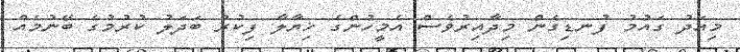
މިއަދު ގައުމު ފުނޑިގެން މިދާއިރުވެސް އެމީހުންގެ ޚިޔާލާ ފިކުރު ބަދަލު ކުރުމުގެ ބޭނުމެއް